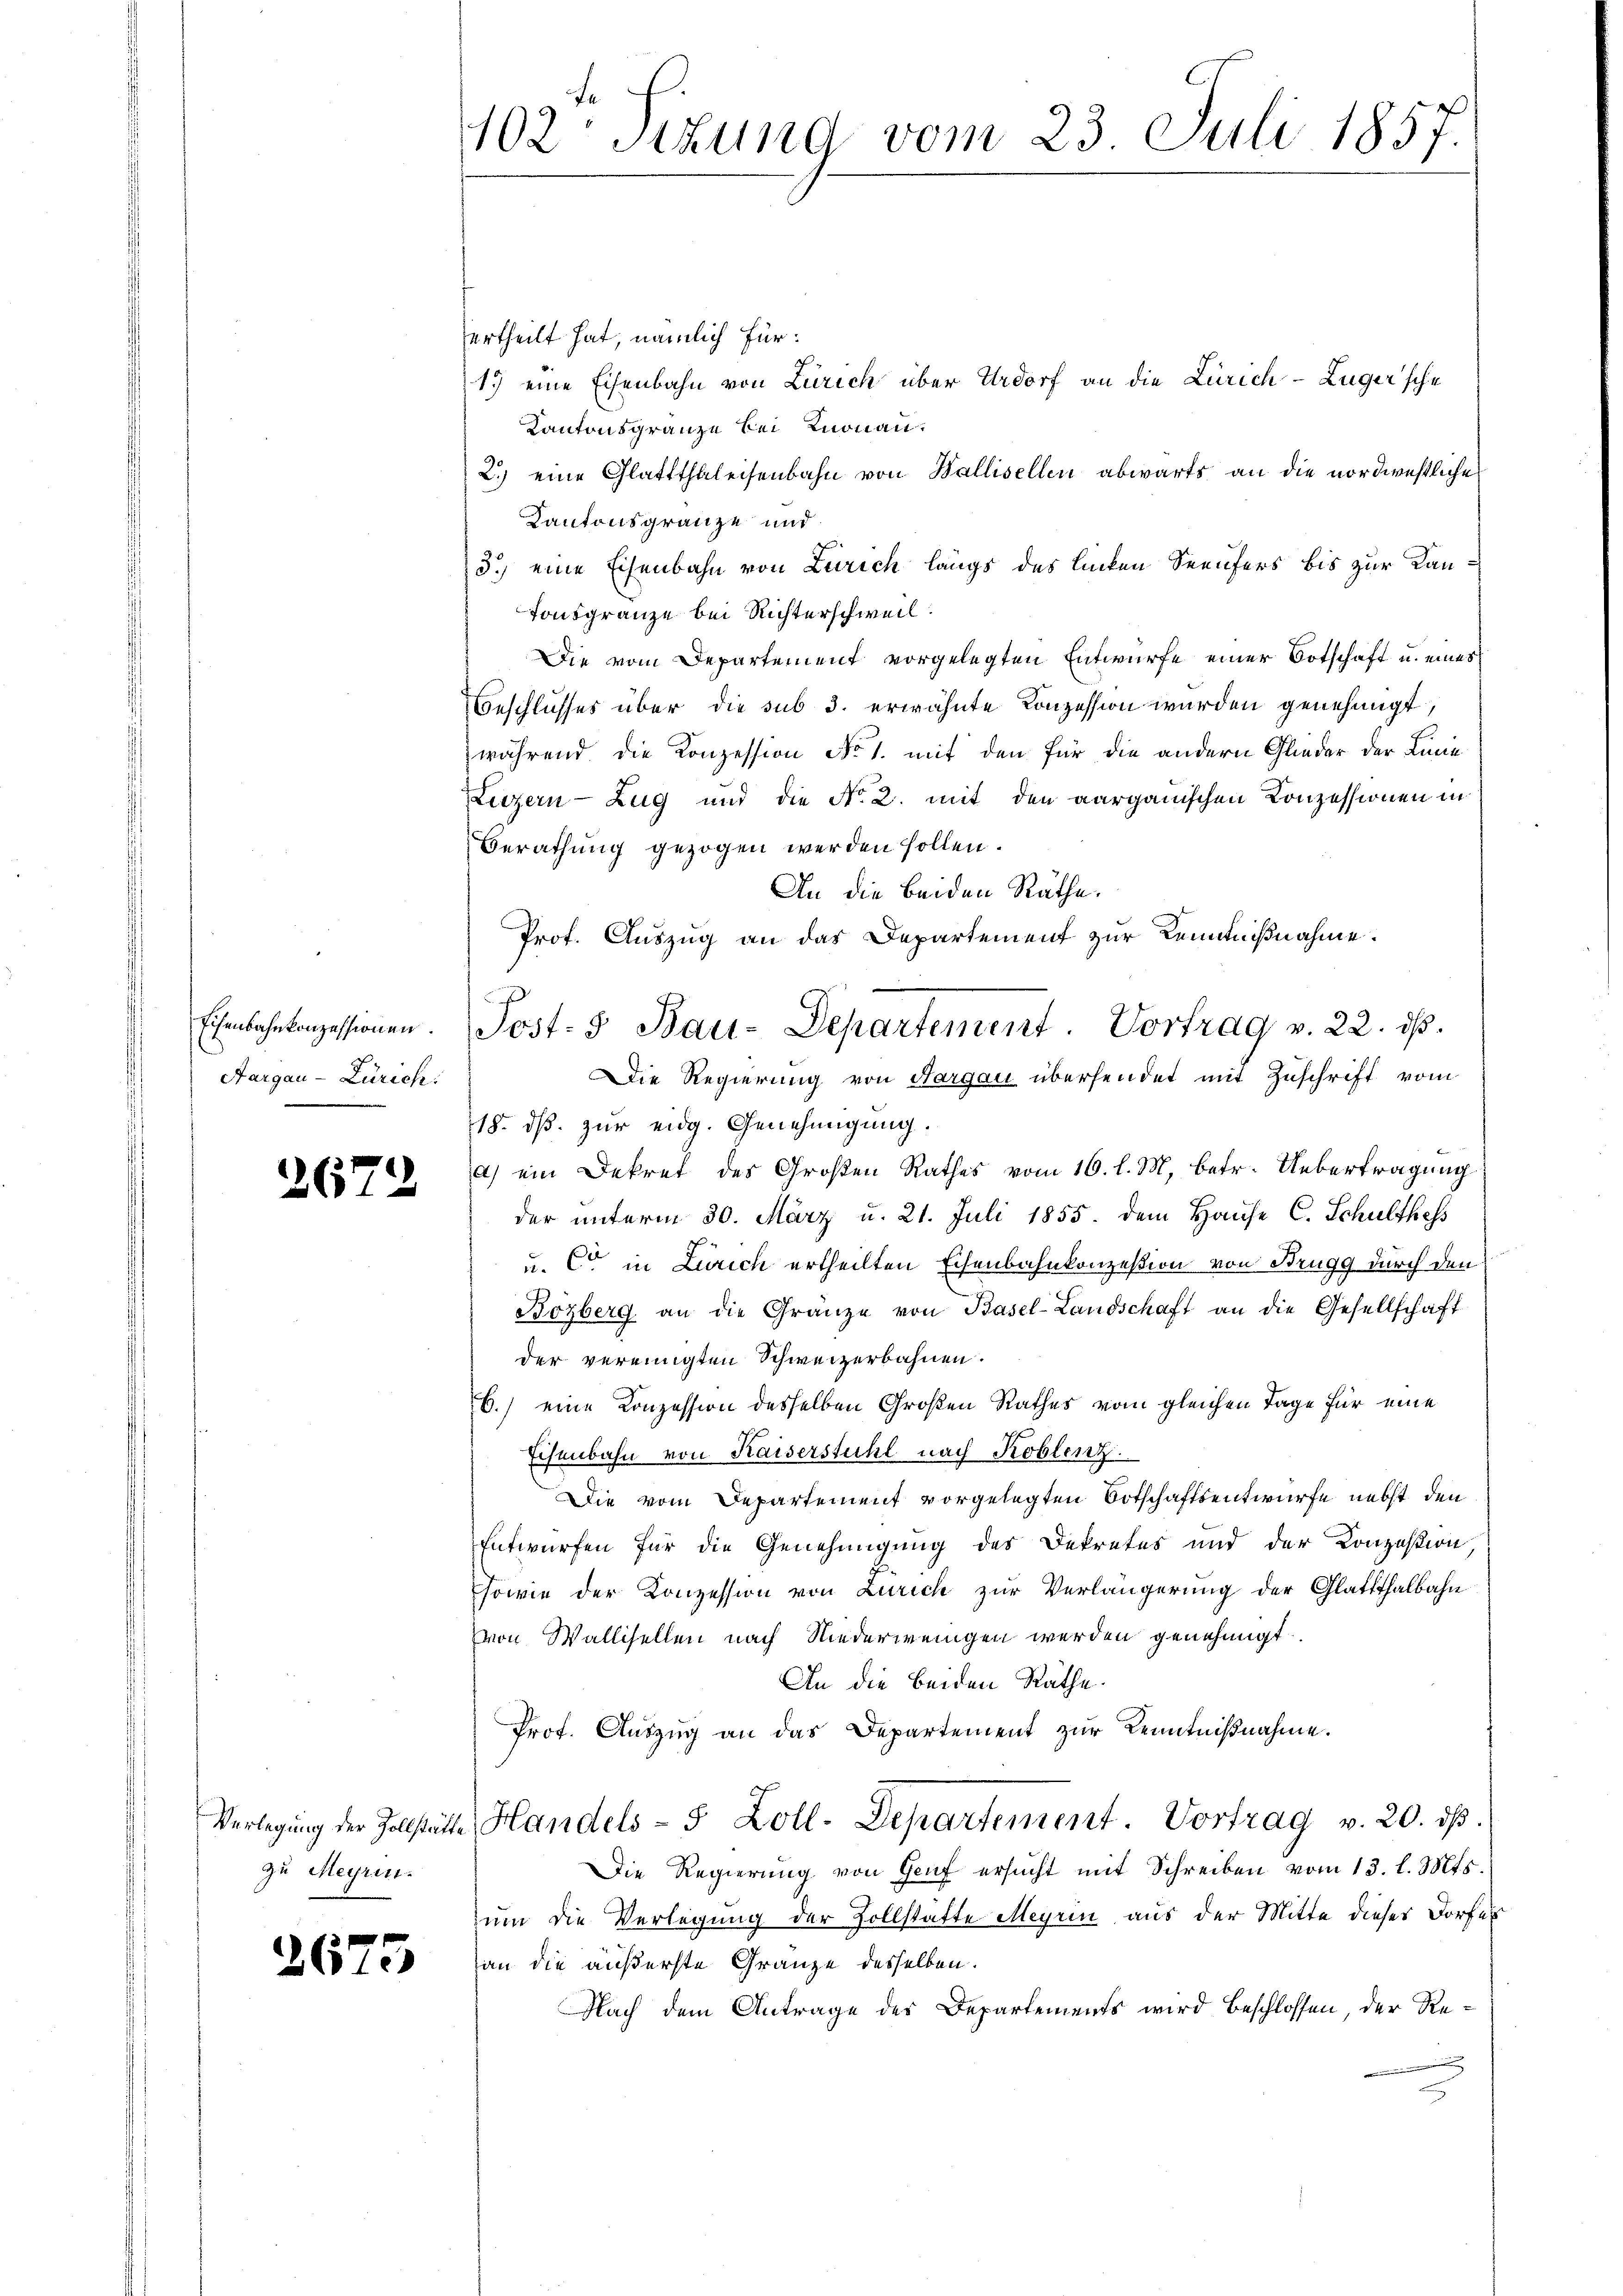
Eisenbahnkonzessionen.
Aargau - Zürich.

2672

zu Meyrin.

2675

402 sizung vom 23. Juli 1857.

ertheilt hat, nämlich für:
17 eine Eisenbahn von Zürich über Urdorf an die Zürich–Zuger’sche
Kantonsgränze bei Knonau.
2.) eine Glattthaleisenbahn von Ballisellen abwärts an die nordwestliche
Kantonsgränze und
3.) eine Eisenbahn von Zürich längs des linken Seeufers bis zur Kan¬
Tonsgränze bei Richterschweil.
Die vom Departement vorgelegten Entwurfe einer Botschaft u. eines
Beschlusses über die sub 3. erwähnte Konzession wurden genehmigt,
während die Konzession No 1. mit den für die andern Glieder der Linie
Luzern - Zug und die No. 2. mit den aargauischen Konzessionen in
Berathung gezogen werden sollen.
An die beiden Räthe.
Prof. Auszug an das Departement zur Kenntnißnahme.
ß
18. ds. zur eidg. Genehmigung.
a) ein Dekret des Großen Rathes vom 16. l. M. betr. Uebertragung
der unterm 30. März u. 21. Juli 1855. dem Hause C. Schulthes
u. C in Zürich ertheilten Eisenbahnkonzesion von Brugg durch den
Bözberg an die Gränze von Basel-Landschaft an die Gesellschaft
der vereinigten Schweizerbahnen.
6.) eine Conzession desselben Großen Rathes vom gleichen Tage für eine
Eisenbahn von Kaiserstuhl nach Koblenz
Die vom Departement vorgelegten Ortschaftsentwurfe nebst den
Entwürfen für die Genehmigung des Dekretes und der Konzession
Sowie der Konzession von Zürich zur Verlängerung der Glattthalbahn
von Wallisellen nach Niederwenigen werden genehmigt.
An die beiden Räthe.
Prof. Auszug an das Departement zur Kenntnißnahme.
Verlegŭng der Zollstätte Handels- 5 Zoll-Departement. Vortrag v. 20. ds.
Die Regierung von Genf ersŭcht mit Schreiben vom 13. l. Mts.
um die Verlegung der Zollstatte Meyrin aus der Mitte dieses Dorfes
an die äußerste Gränze desselben.
Nach dem Antrage des Departements wird beschlossen, der Re¬
.

Sost. 5 Bau-Departement. Vortrag v. 22. ist.
Die Regierung von Aargau übersendet mit Zuschrift vom